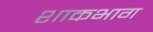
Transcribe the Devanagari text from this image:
शाकभाग